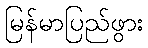
မြန်မာပြည်ဖွား